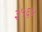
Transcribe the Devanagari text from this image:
३५६४